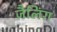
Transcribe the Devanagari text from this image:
जैलिंग